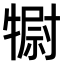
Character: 𤛌